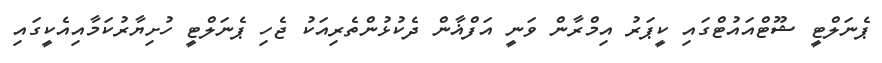
ޕެނަލްޓީ ޝޫޓްއައުޓްގައި ކީޕަރު އިމްރާން ވަނީ އަފްޣާން ދެކުޅުންތެރިއަކު ޖެހި ޕެނަލްޓީ ހުށިޔާރުކަމާއިއެކީގައި